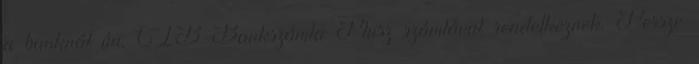
a banknál ún. CIB Bankszámla Plusz számlával rendelkeznek. Persze